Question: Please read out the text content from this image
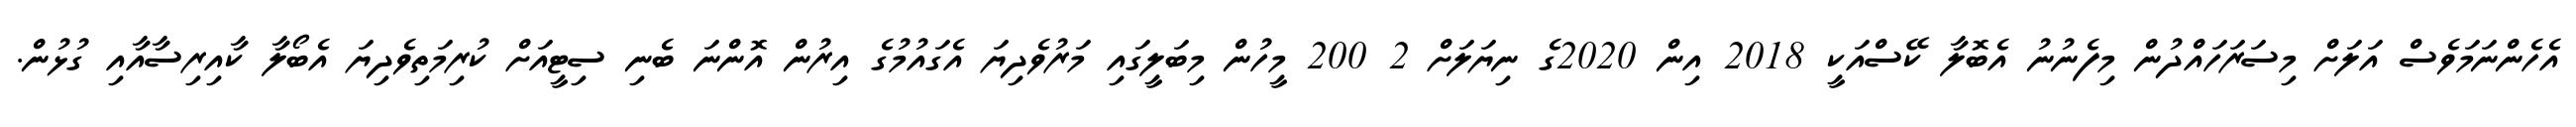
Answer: އެހެންނަމަވެސް އަލަށް މިސަރަހައްދުން މިފެނުނު އެބޮލާ ކޭސްއަކީ 2018 އިން 2020ގެ ނިޔަލަށް 2 200 މީހުން މިބަލީގައި މަރުވެދިޔަ އެގައުމުގެ އިރުން އޮންނަ ބެނި ސިޓީއަށް ކުރިމަތިވެދިޔަ އެބޯލާ ކާއިރިސާއާއި ގުޅުން.